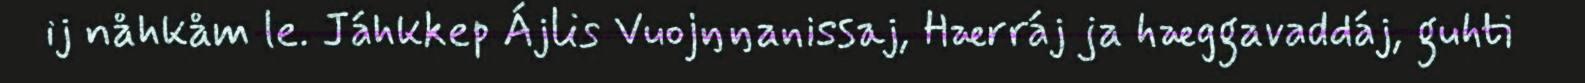
ij nåhkåm le. Jáhkkep Ájlis Vuojŋŋanissaj, Hærráj ja hæggavaddáj, guhti